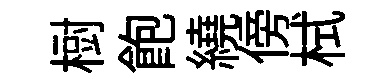
𣗳飽繞傍栻